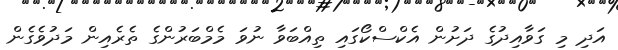
އަދި މި ގަވާއިދުގެ ދަށުން އެކްސްކޯގައި ތިއްބަވާ ނުވަ މެމްބަރުންގެ ތެރެއިން މަދުވެގެން